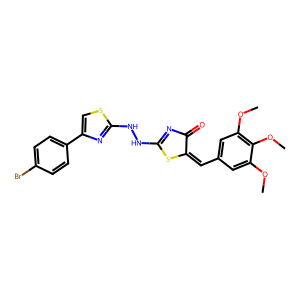
SMILES: COc1cc(C=C2SC(NNc3nc(-c4ccc(Br)cc4)cs3)=NC2=O)cc(OC)c1OC
Inhibits HIV replication: No